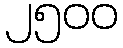
၂၅၀၀